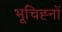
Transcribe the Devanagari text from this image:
भूचिह्नों